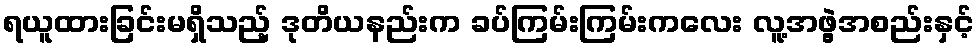
ရယူထားခြင်းမရှိသည့် ဒုတိယနည်းက ခပ်ကြမ်းကြမ်းကလေး လူ့အဖွဲ့အစည်းနှင့်